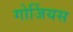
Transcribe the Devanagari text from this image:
गोर्जियस